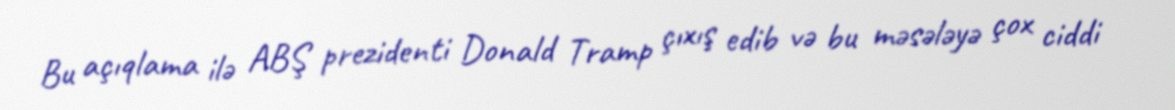
Bu açıqlama ilə ABŞ prezidenti Donald Tramp çıxış edib və bu məsələyə çox ciddi